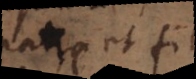
pater et fi